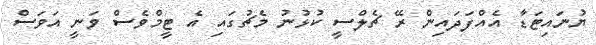
ޔުނައިޓަޑާ އެއްފަދައިން ރޭ ޗެލްސީ ކުޅުނު މެޗުގައި އެ ޓީމްވެސް ވަނީ އަވަސް